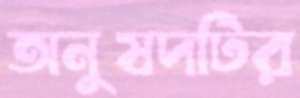
অনুষদটির